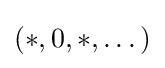
(*,0,*,\dots )